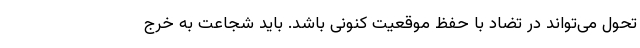
تحول می‌تواند در تضاد با حفظ موقعیت کنونی باشد. باید شجاعت به خرج